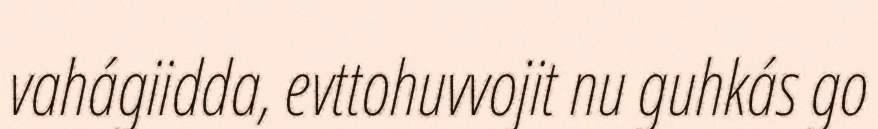
vahágiidda, evttohuvvojit nu guhkás go